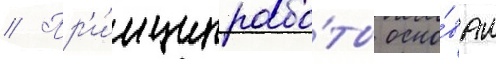
// Пр'и́нцип рабо́ты осно́ван